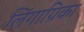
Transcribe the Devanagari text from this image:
लिंगाग्रिका